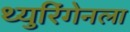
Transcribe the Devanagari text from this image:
थ्युरिंगेनला